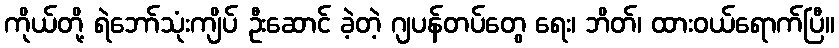
ကိုယ်တို့ ရဲဘော်သုံးကျိပ် ဦးဆောင် ခဲ့တဲ့ ဂျပန်တပ်တွေ ရေး၊ ဘိတ်၊ ထားဝယ်ရောက်ပြီ။